Annual statistical returns and brief notes on vaccination in Bengal - 1909-1929
Year: 1909
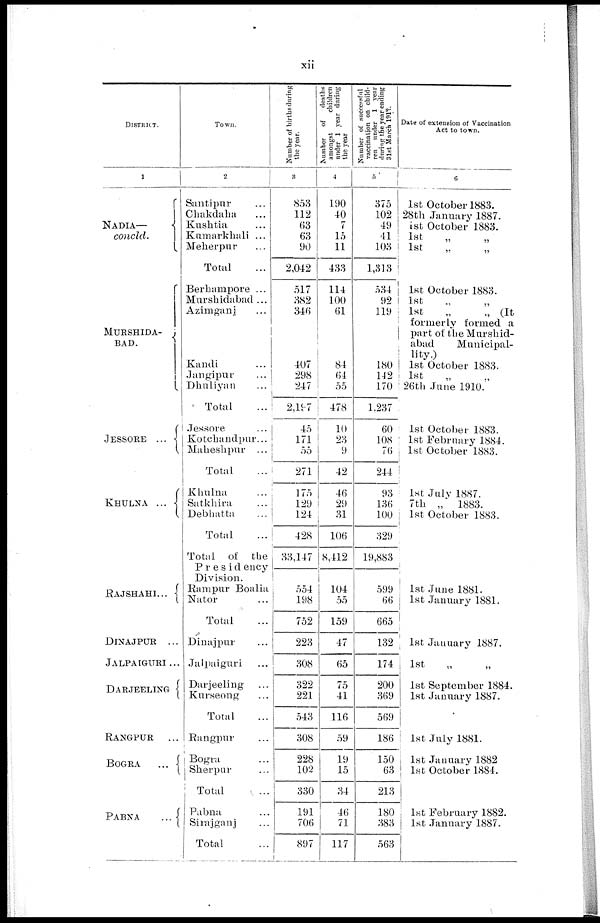
xii
DISTRICT.
1
NADIA—
concld.
MURSHIDA¬
BAD.
JESSORE ...
KHULNA ...
RAJSHAHI...
DINAJPUR ...
JALPAIGURI ...
DARJEELING
RANGPUR
...
BOGRA
...
PABNA
...
Town.
2
Santipur ...
Chakdaha ...
Kushtia ...
Kumarkhali ...
Meherpur ...
Total ...
Berkampore ...
Murshidabad ...
Azimganj ...
Kandi ...
Jangipur ...
Dhuliyan ...
Total ...
Jessore ...
Kotchandpur...
Maheshpur ...
Total ...
Khulna ...
Satkhira ...
Debhatta ...
Total ...
Total of the
Presidency
Division.
Rampur Boalia
Nator ...
Total ...
Dinajpur ...
Jalpaiguri ...
Darjeeling ...
Kurseong ...
Total ...
Rangpur ...
Bogra ...
Sherpur ...
Total ...
Pabna
Sirajganj ...
Total ...
Number of births during
the year.
3
853
112
63
63
90
2,042
517
382
346
407
298
247
2,197
45
171
55
271
175
129
124
428
33,147
554
198
752
223
308
322
221
543
308
228
102
330
191
706
897
Number of
deaths
amongst
children
under 1 year during
the year
4
190
40
7
15
11
433
114
100
61
84
64
55
478
10
23
9
42
46
29
31
106
8,412
104
55
159
47
65
75
41
116
59
19
15
34
46
71
117
Number of successful
vaccination oft child¬
r en under 1 year
during the year ending
31st March 1912.
5
375
102
49
41
103
1,313
534
92
119
180
142
170
1,237
60
108
76
244
93
136
100
329
19,883
599
66
665
132
174
200
369
569
186
150
63
213
180
383
563
Date of extension of Vaccination
Act to town.
6
1st October 1883.
28th January 1887.
1st October 1883.
1st „ „
1st
„
„
1st October 1883.
1st „ „
1st
„
„ (It
formerly formed a
part of the Murshid-
abad
Municipal-
---y.)
1st October 1883.
1st „ „
26th June 1910.
1st October 1883.
1st February 1884.
1st October 1883.
1st July1887.
7th „ 1883.
1st October 1883.
1st June 1881.
1st January 1881.
1st January 1887.
1st „ „
1st September 1884.
1st January 1887.
1st July 1881.
1st January 1882
1st October 1884.
1st February 1882.
1st January 1887.